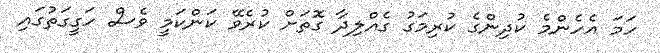
ހަމަ އެހެންމެ ކުދިންގެ ކުރިމަގު ގެއްލިދާ ގޮތަށް ކުރެވޭ ކަންކަމީ ވެސް ހަގީގަތުގައި